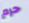
حرم